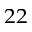
^ { 2 2 }